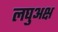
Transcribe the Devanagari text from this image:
लघुअक्ष